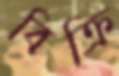
বিক্রি